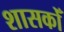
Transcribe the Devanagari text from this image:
शासकोँ